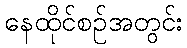
နေထိုင်စဉ်အတွင်း